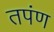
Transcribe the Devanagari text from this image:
तपंण